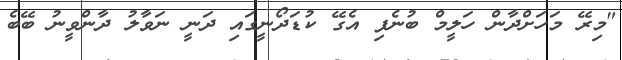
"މިރޭ މަހަށްދާން ހަލީމް ބުނެފި އެގޭ ކުޑަދޯނީގައި ދަނީ ނަވާލު ދާންވީނު ބޭބެ